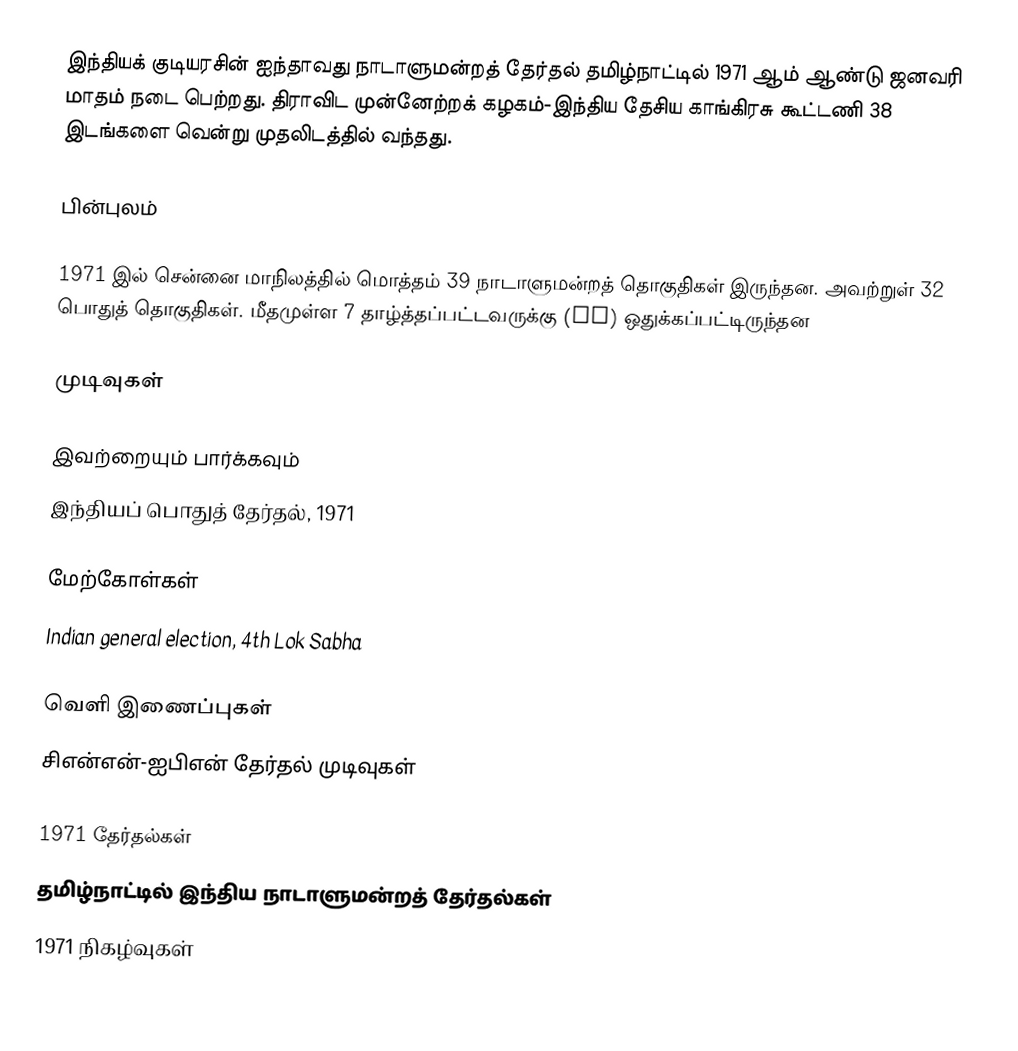
இந்தியக் குடியரசின் ஐந்தாவது நாடாளுமன்றத் தேர்தல் தமிழ்நாட்டில் 1971 ஆம் ஆண்டு ஜனவரி மாதம் நடை பெற்றது. திராவிட முன்னேற்றக் கழகம்-இந்திய தேசிய காங்கிரசு கூட்டணி 38 இடங்களை வென்று முதலிடத்தில் வந்தது.

பின்புலம்

1971 இல் சென்னை மாநிலத்தில் மொத்தம் 39 நாடாளுமன்றத் தொகுதிகள் இருந்தன. அவற்றுள் 32 பொதுத் தொகுதிகள். மீதமுள்ள 7 தாழ்த்தப்பட்டவருக்கு (SC) ஒதுக்கப்பட்டிருந்தன

முடிவுகள்

இவற்றையும் பார்க்கவும்
இந்தியப் பொதுத் தேர்தல், 1971

மேற்கோள்கள்
Indian general election, 4th Lok Sabha

வெளி இணைப்புகள்
 சிஎன்என்-ஐபிஎன் தேர்தல் முடிவுகள்

1971 தேர்தல்கள்
தமிழ்நாட்டில் இந்திய நாடாளுமன்றத் தேர்தல்கள்
1971 நிகழ்வுகள்